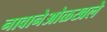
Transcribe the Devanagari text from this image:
नावानेओळखले